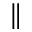
\|